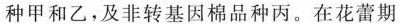
种甲和乙，及非转基因棉品种丙。在花蕾期